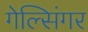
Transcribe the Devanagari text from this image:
गेल्सिंगर